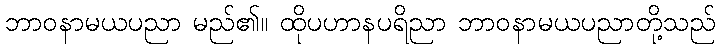
ဘာဝနာမယပညာ မည်၏။ ထိုပဟာနပရိညာ ဘာဝနာမယပညာတို့သည်